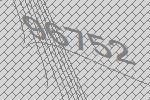
96752